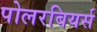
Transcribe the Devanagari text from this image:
पोलरबियर्स